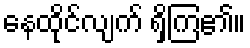
နေထိုင်လျက် ရှိကြ၏။